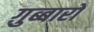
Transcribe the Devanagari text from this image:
ग़ुब्बारों